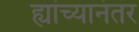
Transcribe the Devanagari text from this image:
ह्यांच्यानंतर